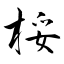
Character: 桵